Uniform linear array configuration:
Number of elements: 4
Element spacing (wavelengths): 0.75
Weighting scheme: uniform
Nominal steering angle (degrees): -45
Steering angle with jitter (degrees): -46.85
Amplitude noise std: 0.05
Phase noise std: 0.05

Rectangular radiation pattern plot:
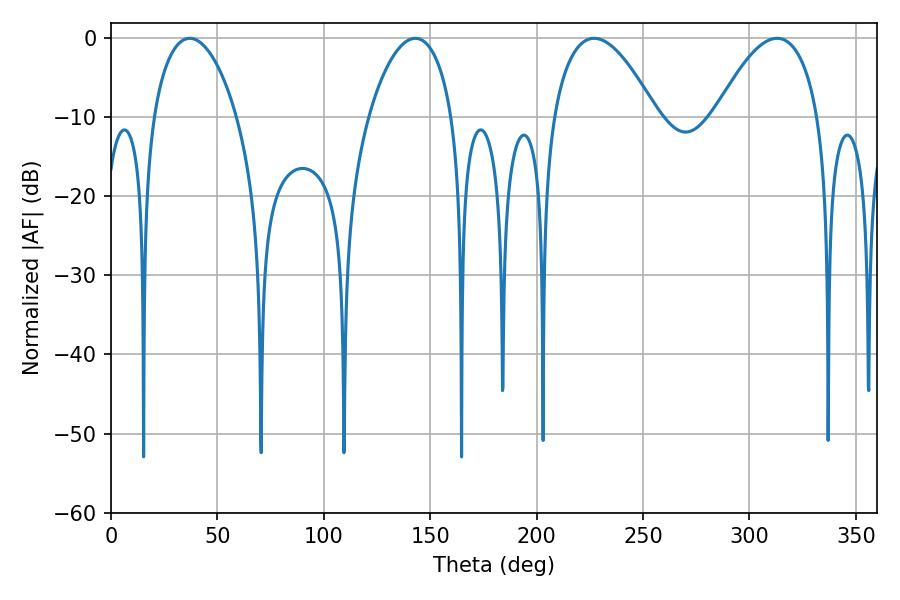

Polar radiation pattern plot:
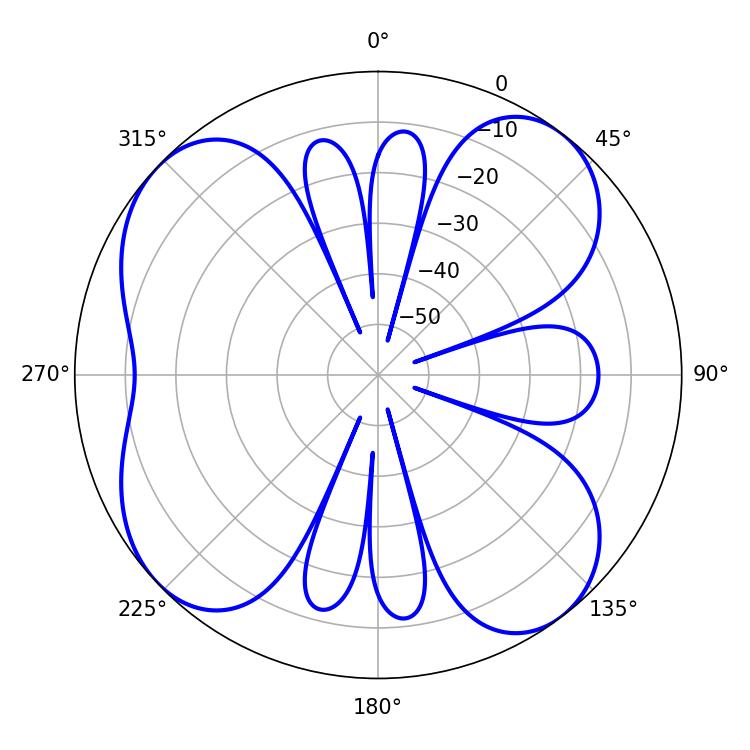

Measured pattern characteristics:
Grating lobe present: TRUE
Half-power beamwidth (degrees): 26.64
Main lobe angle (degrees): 226.98